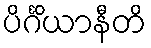
ပိင်္ဂိယာနီတိ